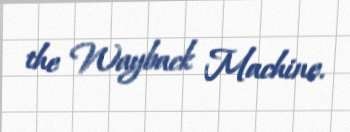
the Wayback Machine.